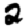
Digit: 2